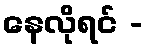
နေလိုရင် -